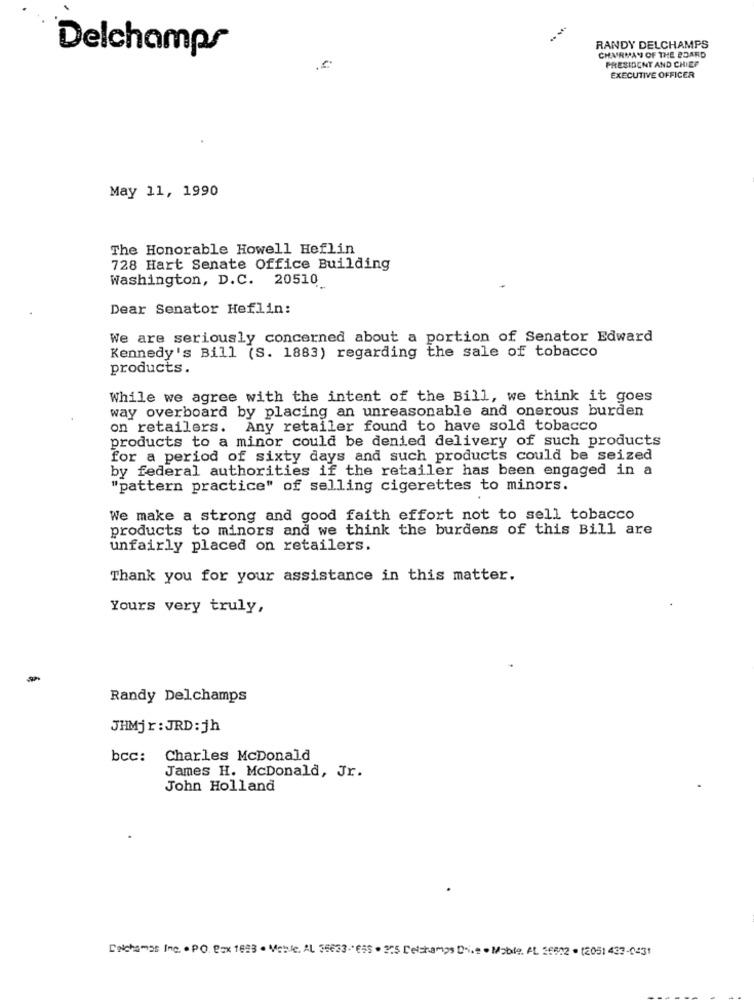
Delchamps
RANDY DELCHAMPS
CHAIRMAN OF THE BOARD
PRESIDENT AND CHIEF
EXECUTIVE OFFICER
May 11, 1990
The Honorable Howell Heflin
728 Hart Senate Office Building
Washington, D.C. 20510
Dear Senator Heflin:
We are seriously concerned about a portion of Senator Edward
Kennedy's Bill (S. 1883) regarding the sale of tobacco
products.
While we agree with the intent of the Bill, we think it goes
way overboard by placing an unreasonable and onerous burden
on retailers. Any retailer found to have sold tobacco
products to a minor could be denied delivery of such products
for a period of sixty days and such products could be seized
by federal authorities if the retailer has been engaged in a
"pattern practice" of selling cigerettes to minors.
We make a strong and good faith effort not to sell tobacco
products to minors and we think the burdens of this Bill are
unfairly placed on retailers.
Thank you for your assistance in this matter.
Yours very truly,
Randy Delchamps
JHMjr: JRD: jh
bcc:
Charles McDonald
James H. McDonald, Jr.
John Holland
INchamos Inc. . PO. Pax 1623 . Meble. AL 36633 655 . 225 Delchamps Di.e . Mobile, AL 36002 . (205) 437-0431